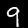
Label: 9